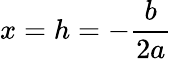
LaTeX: x=h=-{\frac{b}{2a}}